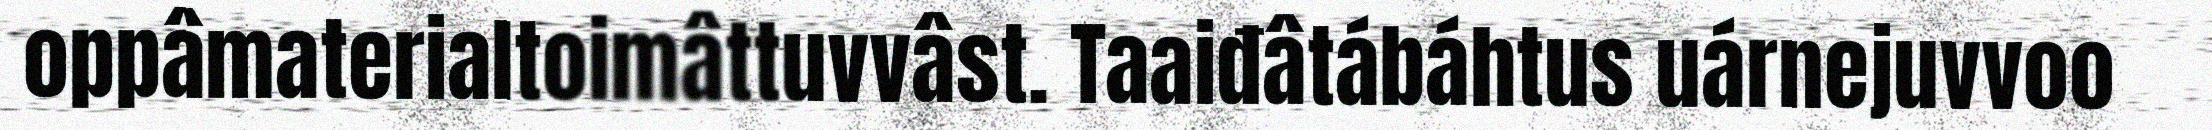
oppâmaterialtoimâttuvvâst. Taaiđâtábáhtus uárnejuvvoo